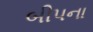
બીપના